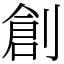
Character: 創